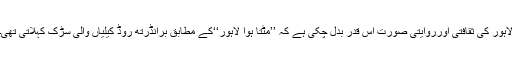
لاہور کی ثقافتی اورروایتی صورت اس قدر بدل چکی ہے کہ ’’مٹتا ہوا لاہور‘‘کے مطابق برانڈرتھ روڈ کیلیاں والی سڑک کہلاتی تھی۔